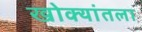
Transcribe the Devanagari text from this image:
खोक्यांतला